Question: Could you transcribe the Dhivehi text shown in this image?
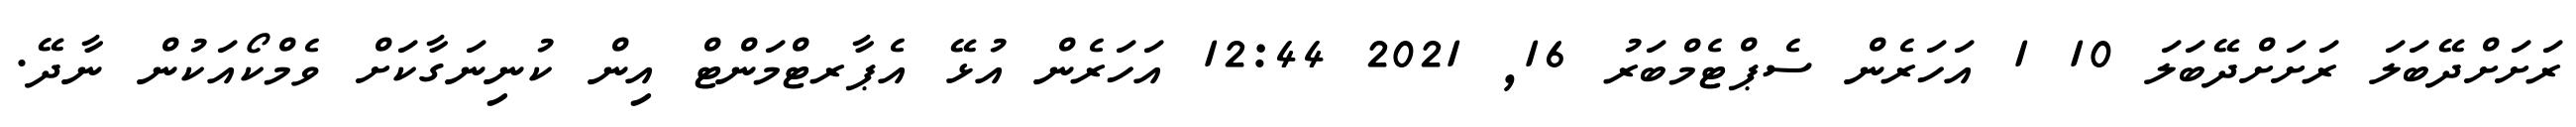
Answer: ރަށަށްދޭބަލަ ރަށަށްދޭބަލަ 10 1 އަހަރެން ސެޕްޓެމްބަރު 16, 2021 12:44 އަހަރެން އުޅޭ އެޕާރޓްމަންޓް އިން ކުނިނަގާކަށް ވެމްކޯއަކުން ނާދޭ.